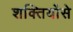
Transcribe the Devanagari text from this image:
शक्तियोंसे